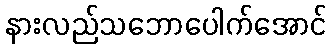
နားလည်သဘောပေါက်အောင်